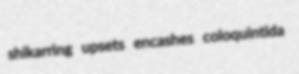
shikarring upsets encashes coloquintida